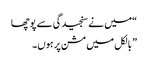
“میں نے سنجیدگی سے پوچھا
” بالکل میں مشن پر ہوں۔